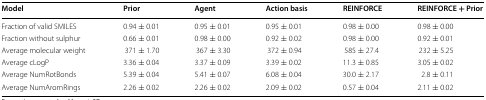
<table><thead><tr><td><b>Model</b></td><td><b>Prior</b></td><td><b>Agent</b></td><td><b>Action basis</b></td><td><b>REINFORCE</b></td><td><b>REINFORCE + Prior</b></td></tr></thead><tbody><tr><td>Fraction of valid SMILES</td><td>0.94 ± 0.01</td><td>0.95 ± 0.01</td><td>0.95 ± 0.01</td><td>0.98 ± 0.00</td><td>0.98 ± 0.00</td></tr><tr><td>Fraction without sulphur</td><td>0.66 ± 0.01</td><td>0.98 ± 0.00</td><td>0.92 ± 0.02</td><td>0.98 ± 0.00</td><td>0.92 ± 0.01</td></tr><tr><td>Average molecular weight</td><td>371 ± 1.70</td><td>367 ± 3.30</td><td>372 ± 0.94</td><td>585 ± 27.4</td><td>232 ± 5.25</td></tr><tr><td>Average cLogP</td><td>3.36 ± 0.04</td><td>3.37 ± 0.09</td><td>3.39 ± 0.02</td><td>11.3 ± 0.85</td><td>3.05 ± 0.02</td></tr><tr><td>Average NumRotBonds</td><td>5.39 ± 0.04</td><td>5.41 ± 0.07</td><td>6.08 ± 0.04</td><td>30.0 ± 2.17</td><td>2.8 ± 0.11</td></tr><tr><td>Average NumAromRings</td><td>2.26 ± 0.02</td><td>2.26 ± 0.02</td><td>2.09 ± 0.02</td><td>0.57 ± 0.04</td><td>2.11 ± 0.02</td></tr></tbody></table>